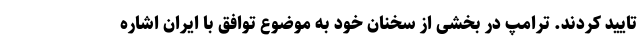
تایید کردند. ترامپ در بخشی از سخنان خود به موضوع توافق با ایران اشاره